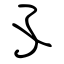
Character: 孓